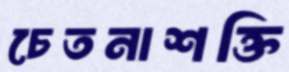
চেতনাশক্তি